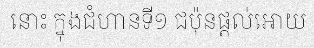
នោះ ក្នុងជំហានទី១ ជប៉ុនផ្តល់អោយ